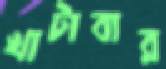
খাটাবার